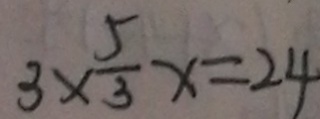
3 \times \frac { 5 } { 3 } x = 2 4